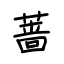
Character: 蔷